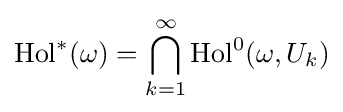
\operatorname {Hol} ^{*}(\omega )=\bigcap _{k=1}^{\infty }\operatorname {Hol} ^{0}(\omega ,U_{k})